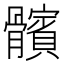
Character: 髕